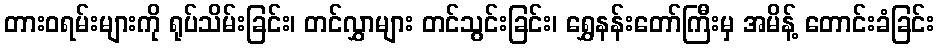
တားဝရမ်းများကို ရုပ်သိမ်းခြင်း၊ တင်လွှာများ တင်သွင်းခြင်း၊ ရွှေနန်းတော်ကြီးမှ အမိန့် တောင်းခံခြင်း